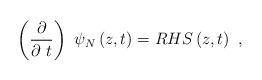
LaTeX: \begin{align*}\left( \frac{\partial }{\partial ~t}\right) ~\psi _{N}\left( z,t\right)=RHS\left( z,t\right) ~, \end{align*}